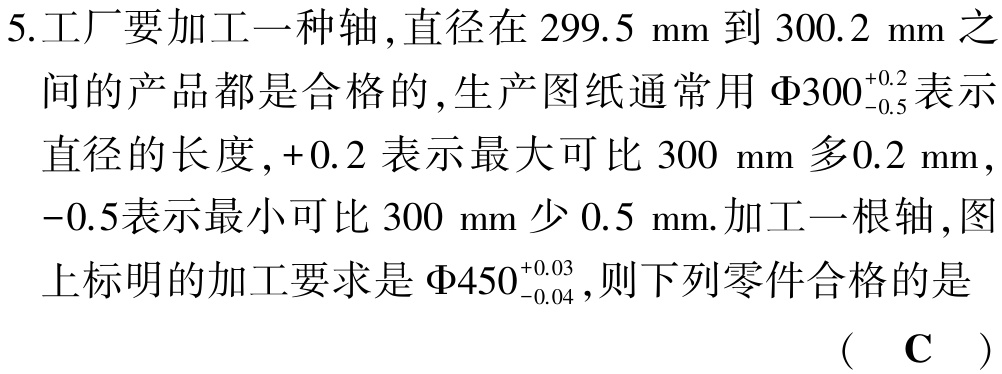
5.工厂要加工一种轴,直径在 \(299.5\) mm 到 \(300.2\) mm 之间的产品都是合格的,生产图纸通常用 \(\varPhi300_{ - 0.5}^{ + 0.2}\) 表示直径的长度,\( + 0.2\) 表示最大可比 \(300\) mm 多\(0.2\) mm,\(-0.5\)表示最小可比 \(300\) mm 少 \(0.5\) mm.加工一根轴,图上标明的加工要求是 \(\varPhi450_{ - 0.04}^{ + 0.03}\),则下列零件合格的是 （ C ）